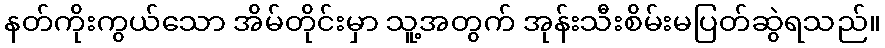
နတ်ကိုးကွယ်သော အိမ်တိုင်းမှာ သူ့အတွက် အုန်းသီးစိမ်းမပြတ်ဆွဲရသည်။